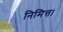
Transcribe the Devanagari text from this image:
निमित्त।